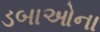
ડબાઓના